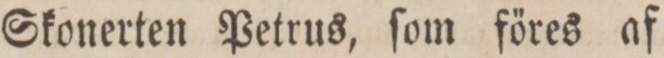
Skonerten Petrus, ſom föres af